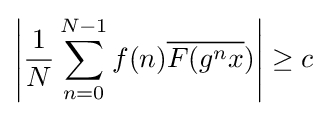
\left|{\frac {1}{N}}\sum _{n=0}^{N-1}f(n){\overline {F(g^{n}x}})\right|\geq c